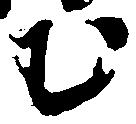
む